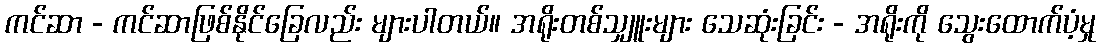
ကင်ဆာ - ကင်ဆာဖြစ်နိုင်ခြေလည်း များပါတယ်။ အရိုးတစ်သျှူးများ သေဆုံးခြင်း - အရိုးကို သွေးထောက်ပံ့မှု